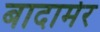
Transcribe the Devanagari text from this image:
बादामेर